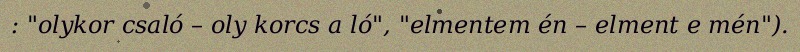
: "olykor csaló – oly korcs a ló", "elmentem én – elment e mén").